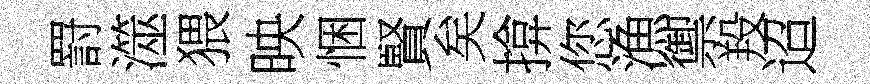
罸澨猥映悃賢矣揜您漁禦羖迢